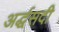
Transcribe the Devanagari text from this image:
अर्द्धसदी